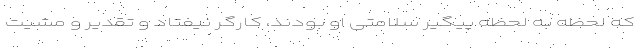
که لحظه به لحظه پیگیر سلامتی‌ او بودند، کارگر نیفتاد و تقدیر و مشیت